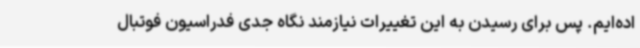
اده‌ایم. پس برای رسیدن به این تغییرات نیازمند نگاه جدی فدراسیون فوتبال